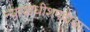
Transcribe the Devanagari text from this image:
न्यायाधीशपदाचा